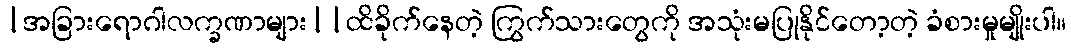
|အခြားရောဂါလက္ခဏာများ||ထိခိုက်နေတဲ့ ကြွက်သားတွေကို အသုံးမပြုနိုင်တော့တဲ့ ခံစားမှုမျိုးပါ။